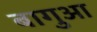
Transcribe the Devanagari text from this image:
बागुआ